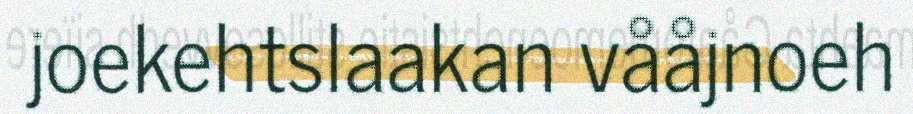
joekehtslaakan vååjnoeh